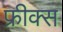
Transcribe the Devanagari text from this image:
फ्रीक्स